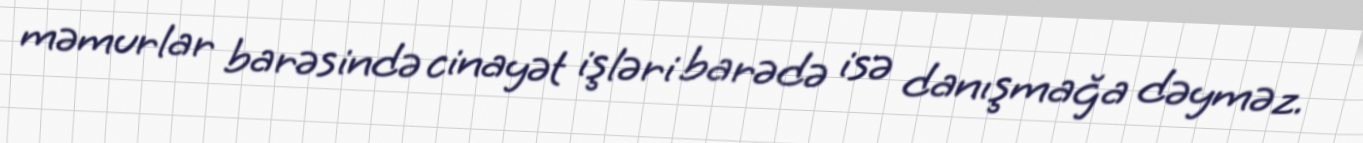
məmurlar barəsində cinayət işləri barədə isə danışmağa dəyməz.